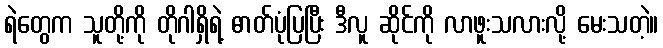
ရဲတွေက သူတို့ကို တိုဂါရှိရဲ့ ဓာတ်ပုံပြပြီး ဒီလူ ဆိုင်ကို လာဖူးသလားလို့ မေးသတဲ့။